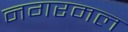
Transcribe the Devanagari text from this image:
नगरमल